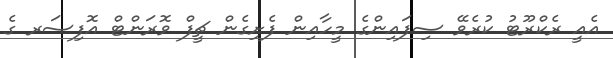
އެއީ ރެކްރޫޓު ކުރެވޭ ސިފައިންގެ މީހާއިން ފެށިގެން ޗީފް ވޮރަންޓް އޮފިސަރ ގެ